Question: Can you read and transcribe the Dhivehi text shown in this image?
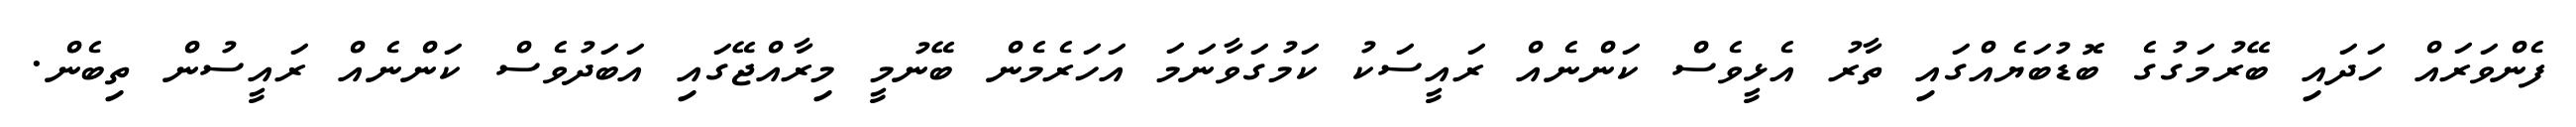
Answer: ފެންވަރައް ހަދައި ބޭރުމަގުގެ ބޮޑުބަޔެއްގައި ތާރު އެޅީވެސް ކަންނެއް ރައީސަކު ކަމުގަވާނަމަ އަހަރެމެން ބޭނުމީ މިރާއްޖޭގައި އަބަދުވެސް ކަންނެއް ރައީސުން ތިބެން.